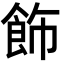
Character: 飾